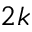
2 k